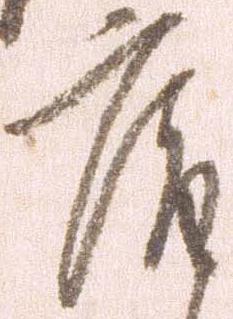
庵